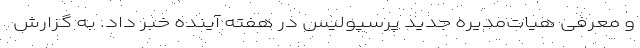
و معرفی هیات‌مدیره‌ جدید پرسپولیس در هفته آینده خبر داد. به گزارش